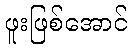
ဖူးဖြစ်အောင်